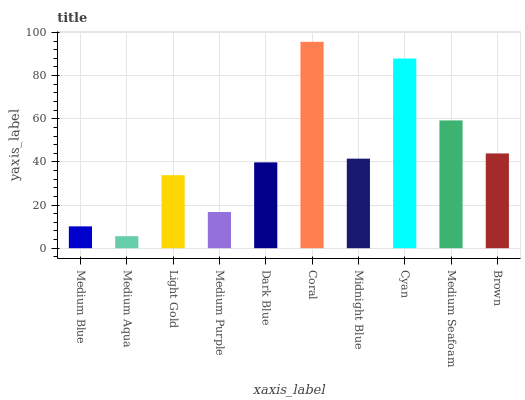
| xaxis_label | bars |
 | --- | --- |
 | Medium Blue | 10.1 |
 | Medium Aqua | 5.57 |
 | Light Gold | 33.8 |
 | Medium Purple | 16.8 |
 | Dark Blue | 39.8 |
 | Coral | 95.7 |
 | Midnight Blue | 41.5 |
 | Cyan | 87.9 |
 | Medium Seafoam | 59.2 |
 | Brown | 43.9 |